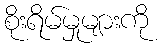
စိုးရိမ်မှုများကို